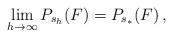
LaTeX: \begin{align*}\lim_{h\to\infty}P_{s_h}(F)=P_{s_*}(F)\,,\end{align*}